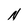
Character: N